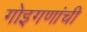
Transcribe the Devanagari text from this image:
गोइगणांची